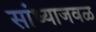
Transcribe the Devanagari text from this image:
सांध्याजवळ